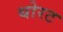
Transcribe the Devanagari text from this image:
थोरट